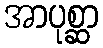
အာပုစ္ဆာ